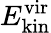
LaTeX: E_{\mathrm{kin}}^{\mathrm{vir}}